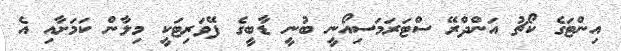
އިންޓަގެ ކޯޗު އަންދްރޭ ސްޓަރަމަސިއޯނީ ބުނީ ޑާބީގެ ފޭވަރިޓަކީ މިލާން ކަމަށާއި އެ